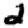
Digit: 2